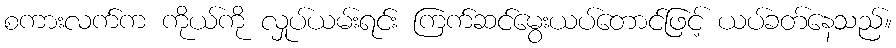
စကားလက်က ကိုယ်ကို လှုပ်ယမ်းရင်း ကြက်ဆင်မွေးယပ်တောင်ဖြင့် ယပ်ခတ်နေသည်။